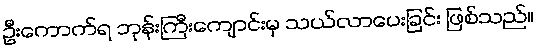
ဦးကောက်ရ ဘုန်းကြီးကျောင်းမှ သယ်လာပေးခြင်း ဖြစ်သည်။